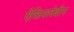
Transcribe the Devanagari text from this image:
एैक्रिफ्लेबीन